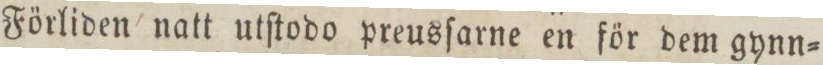
Förliden natt utſtodo preusſarne en för dem gynn=